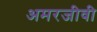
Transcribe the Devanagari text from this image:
अमरजीवी